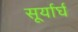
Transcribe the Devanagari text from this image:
सूर्यार्घ